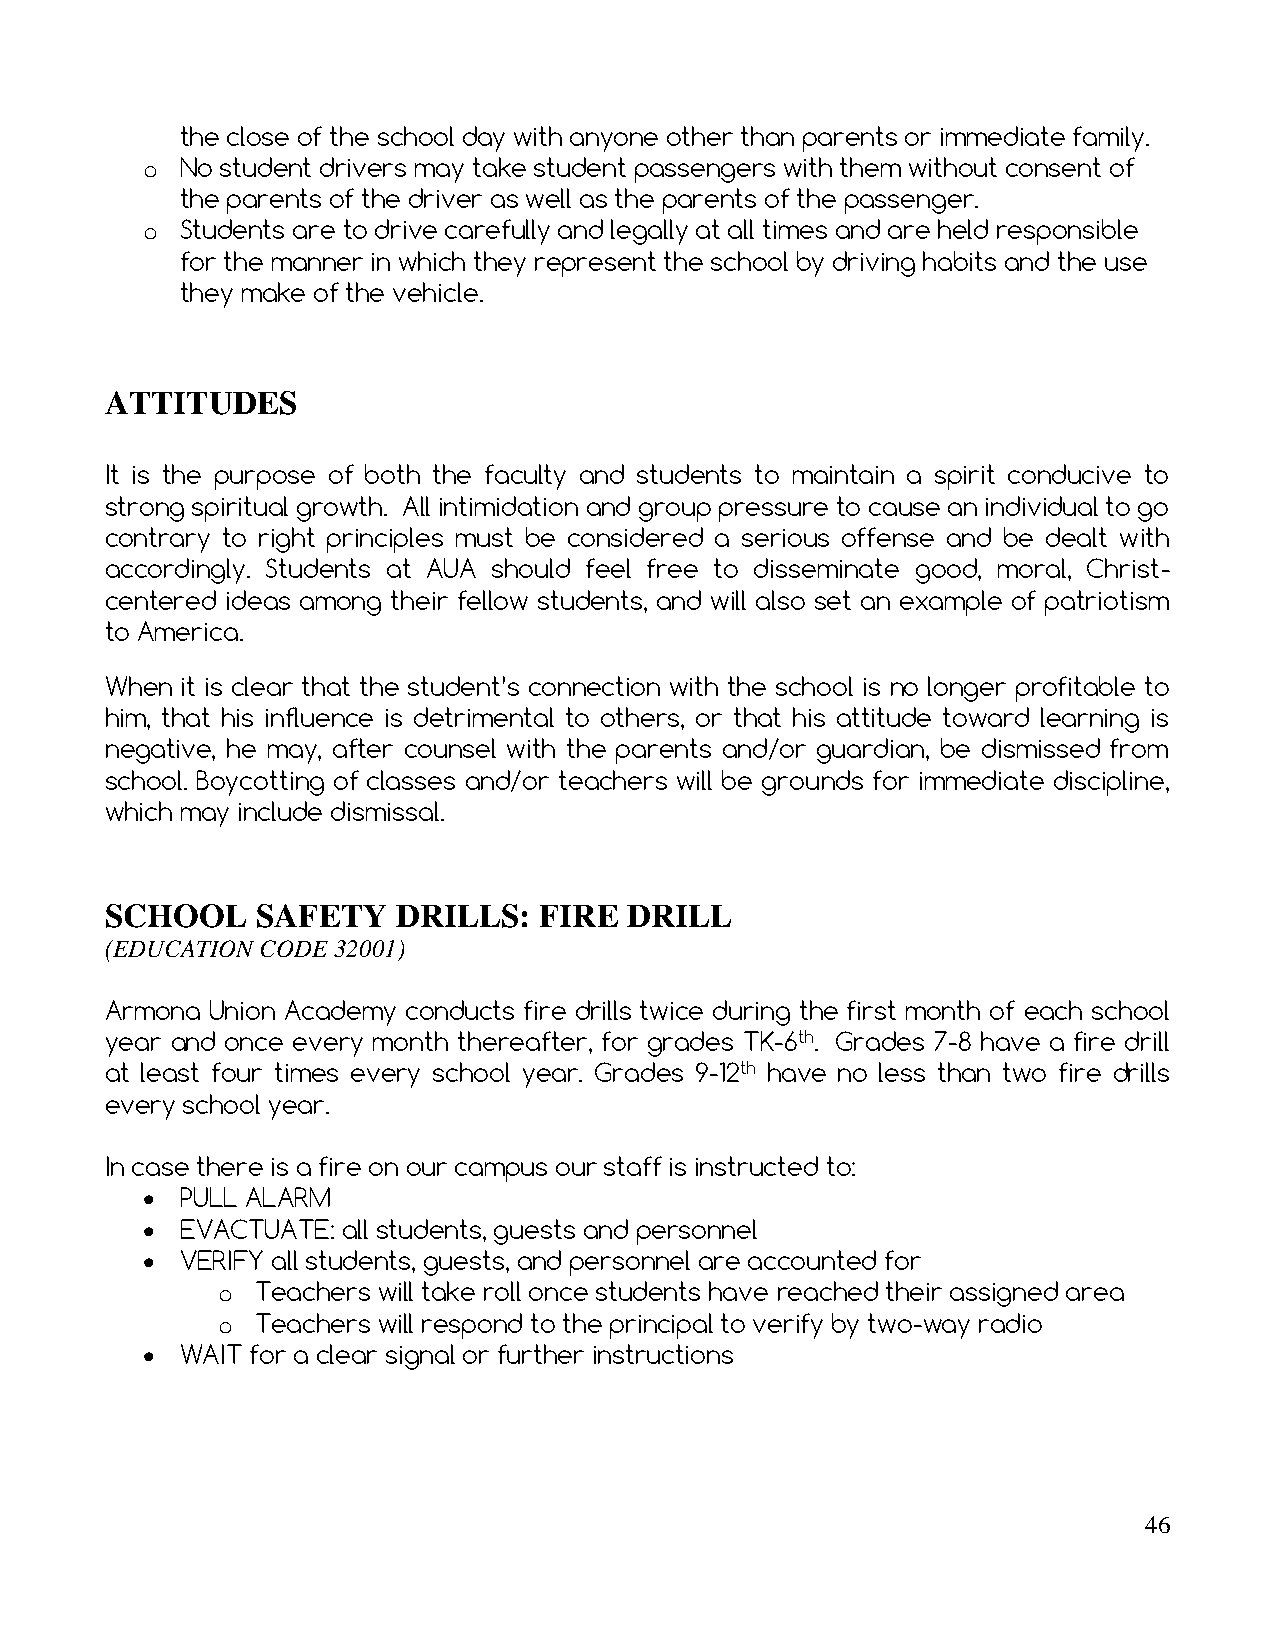
the close of the school day with anyone other than parents or immediate family.
 o  No student drivers may take student passengers with them without consent of
 the parents of the driver as well as the parents of the passenger.
 o  Students are to drive carefully and legally at all times and are held responsible
 for the manner in which they represent the school by driving habits and the use
 they make of the vehicle.
 ATTITUDES
 It is the purpose of both the faculty and students to maintain a spirit conducive to
 strong spiritual growth. All intimidation and group pressure to cause an individual to go
 contrary to right principles must be considered a serious offense and be dealt with
 accordingly. Students at AUA should feel free to disseminate good, moral, Christ-
 centered ideas among their fellow students, and will also set an example of patriotism
 to America.
 When it is clear that the student’s connection with the school is no longer profitable to
 him, that his influence is detrimental to others, or that his attitude toward learning is
 negative, he may, after counsel with the parents and/or guardian, be dismissed from
 school. Boycotting of classes and/or teachers will be grounds for immediate discipline,
 which may include dismissal.
 SCHOOL    SAFETY   DRILLS:   FIRE  DRILL
 (EDUCATION CODE 32001)
 Armona Union Academy conducts fire drills twice during the first month of each school
 year and once every month thereafter, for grades TK-6th. Grades 7-8 have a fire drill
 at least four times every school year. Grades 9-12th have no less than two fire drills
 every school year.
 In case there is a fire on our campus our staff is instructed to:
 •  PULL ALARM
 •  EVACTUATE: all students, guests and personnel
 •  VERIFY all students, guests, and personnel are accounted for
 o  Teachers will take roll once students have reached their assigned area
 o  Teachers will respond to the principal to verify by two-way radio
 •  WAIT for a clear signal or further instructions
 46